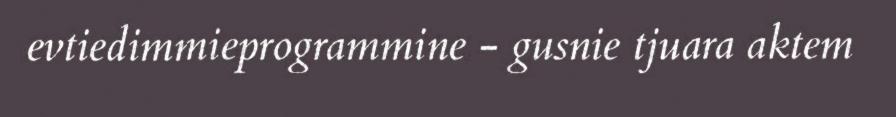
evtiedimmieprogrammine - gusnie tjuara aktem